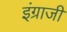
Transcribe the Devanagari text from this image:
इंग्राजी